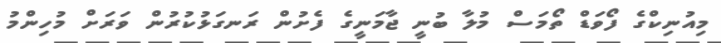
މިއުނިކްގެ ފޯވަޑް ތޯމަސް މުލާ ބުނީ ޖާމަނީގެ ފެށުން ރަނގަޅުކުރުން ވަރަށް މުހިންމު